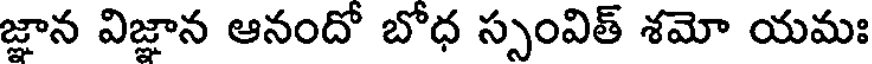
జ్ఞాన విజ్ఞాన ఆనందో బోధ స్సంవిత్ శమో యమః